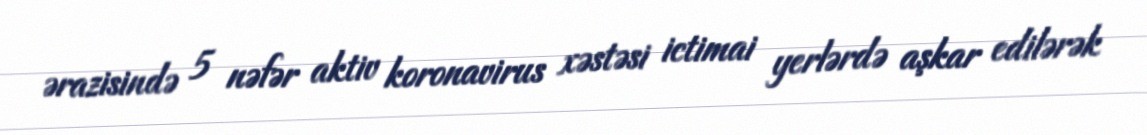
ərazisində 5 nəfər aktiv koronavirus xəstəsi ictimai yerlərdə aşkar edilərək